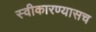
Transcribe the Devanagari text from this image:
स्वीकारण्यासच